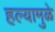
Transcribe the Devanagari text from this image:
हल्यामुळे